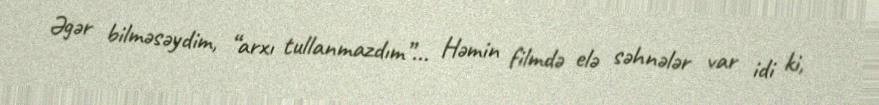
Əgər bilməsəydim, “arxı tullanmazdım”... Həmin filmdə elə səhnələr var idi ki,